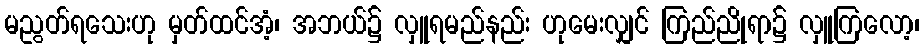
မညွတ်ရသေးဟု မှတ်ထင်အံ့၊ အဘယ်၌ လှူရမည်နည်း ဟုမေးလျှင် ကြည်ညိုရာ၌ လှူကြလော့၊